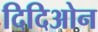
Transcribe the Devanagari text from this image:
दिदिओन